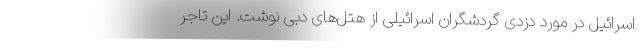
اسرائیل در مورد دزدی گردشگران اسرائیلی از هتل‌های دبی نوشت. این تاجر